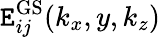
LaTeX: \mathtt{E}_{ij}^{\mathrm{{GS}}}(k_{x},y,k_{z})